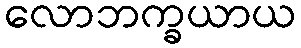
လောဘက္ခယာယ